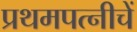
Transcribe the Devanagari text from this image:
प्रथमपत्नीचें